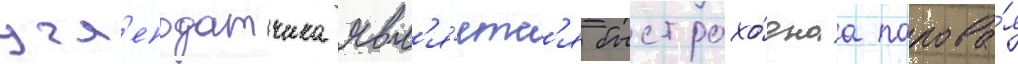
угл'еподатчика явл'я́етс'я быстрохо́днаа парова́я